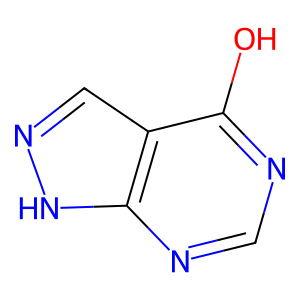
SMILES: Oc1ncnc2[nH]ncc12
Inhibits HIV replication: No